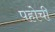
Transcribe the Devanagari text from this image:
पहोची